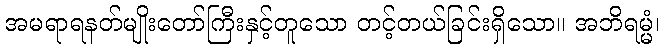
အမရာရနတ်မျိုးတော်ကြီးနှင့်တူသော တင့်တယ်ခြင်းရှိသော။ အဘိရမ္မံ၊